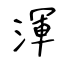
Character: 渾